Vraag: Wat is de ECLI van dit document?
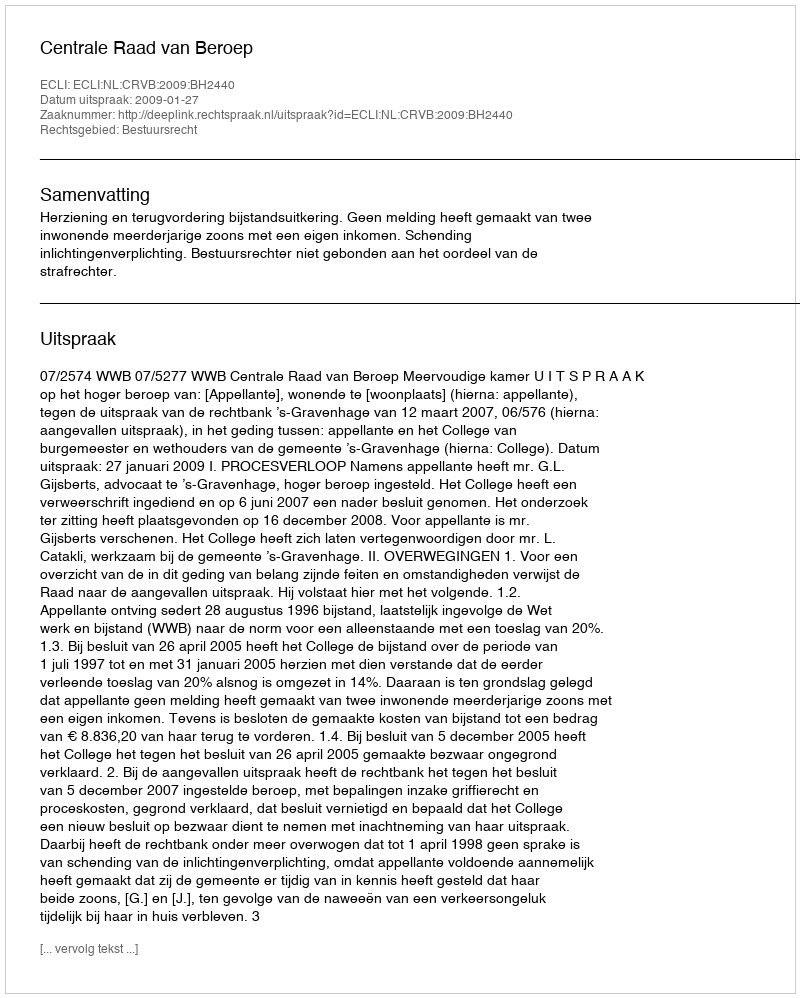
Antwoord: ECLI:NL:CRVB:2009:BH2440